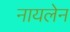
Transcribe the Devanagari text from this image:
नायलेन